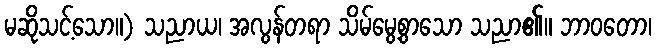
မဆိုသင့်သော။) သညာယ၊ အလွန်တရာ သိမ်မွေ့စွာသော သညာ၏။ ဘာဝတော၊